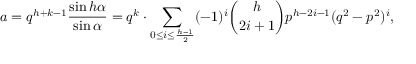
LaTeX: a = q ^ { h + k - 1 } { \frac { \sin h \alpha } { \sin \alpha } } = q ^ { k } \cdot \sum _ { 0 \leq i \leq { \frac { h - 1 } { 2 } } } ( - 1 ) ^ { i } { \binom { h } { 2 i + 1 } } p ^ { h - 2 i - 1 } ( q ^ { 2 } - p ^ { 2 } ) ^ { i } ,